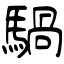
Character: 騧